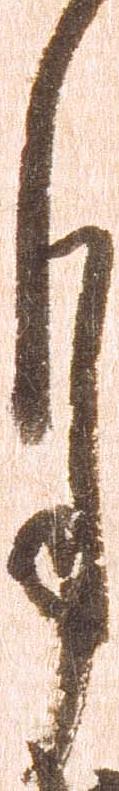
月